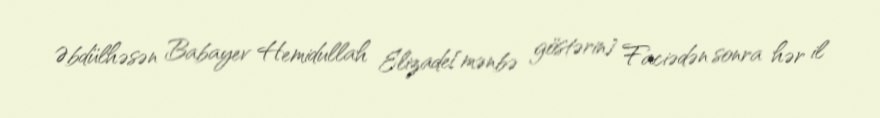
Əbdülhəsən Babayev Hemidullah Elizade[mənbə göstərin] Faciədən sonra hər il